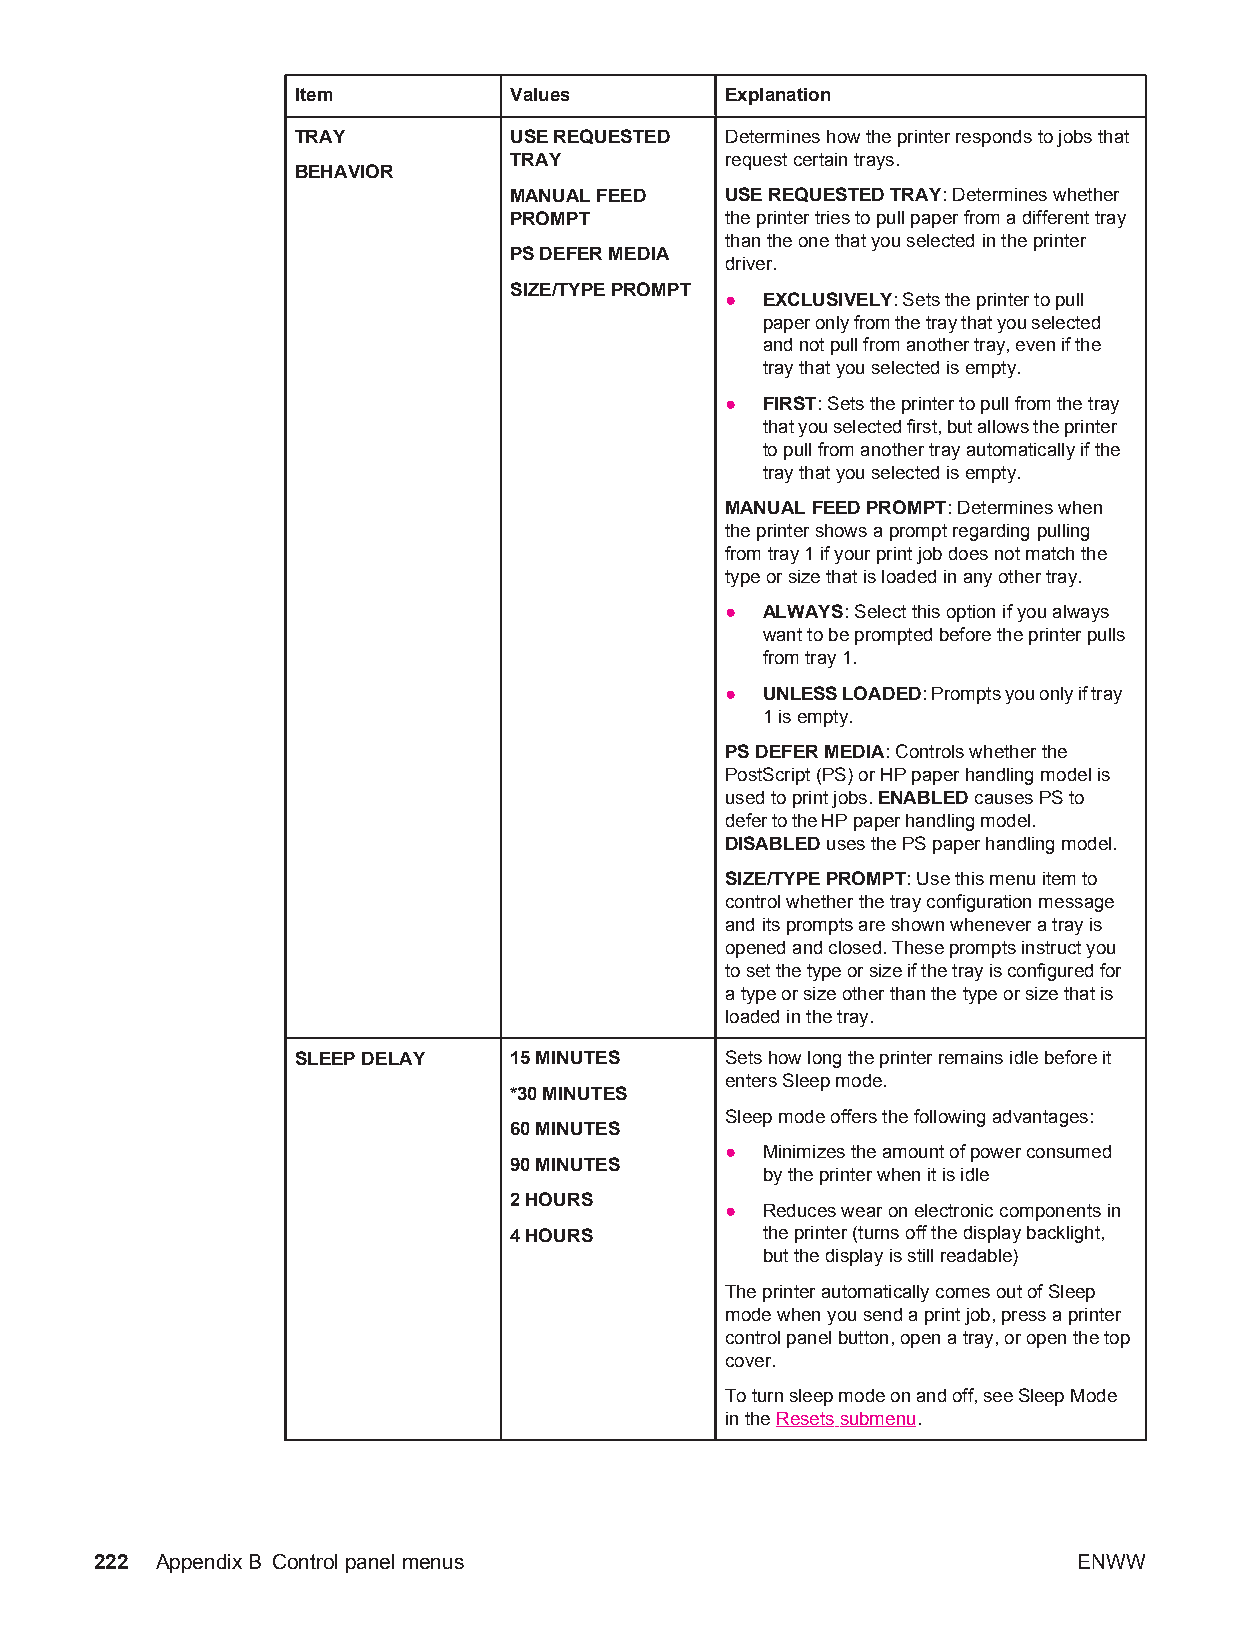
Item          Values        Explanation
 TRAY          USE REQUESTED Determines how the printer responds to jobs that
 TRAY          request certain trays.
 BEHAVIOR
 MANUAL FEED   USE REQUESTED TRAY: Determines whether
 PROMPT        the printer tries to pull paper from a different tray
 than the one that you selected in the printer
 PS DEFER MEDIA
 driver.
 SIZE/TYPE PROMPT
 ● EXCLUSIVELY: Sets the printer to pull
 paper only from the tray that you selected
 and not pull from another tray, even if the
 tray that you selected is empty.
 ● FIRST: Sets the printer to pull from the tray
 that you selected first, but allows the printer
 to pull from another tray automatically if the
 tray that you selected is empty.
 MANUAL FEED PROMPT: Determines when
 the printer shows a prompt regarding pulling
 from tray 1 if your print job does not match the
 type or size that is loaded in any other tray.
 ● ALWAYS: Select this option if you always
 want to be prompted before the printer pulls
 from tray 1.
 ● UNLESS LOADED: Prompts you only if tray
 1 is empty.
 PS DEFER MEDIA: Controls whether the
 PostScript (PS) or HP paper handling model is
 used to print jobs. ENABLED causes PS to
 defer to the HP paper handling model.
 DISABLED uses the PS paper handling model.
 SIZE/TYPE PROMPT: Use this menu item to
 control whether the tray configuration message
 and its prompts are shown whenever a tray is
 opened and closed. These prompts instruct you
 to set the type or size if the tray is configured for
 a type or size other than the type or size that is
 loaded in the tray.
 SLEEP DELAY   15 MINUTES    Sets how long the printer remains idle before it
 enters Sleep mode.
 *30 MINUTES
 Sleep mode offers the following advantages:
 60 MINUTES
 ● Minimizes the amount of power consumed
 90 MINUTES
 by the printer when it is idle
 2 HOURS
 ● Reduces wear on electronic components in
 4 HOURS         the printer (turns off the display backlight,
 but the display is still readable)
 The printer automatically comes out of Sleep
 mode when you send a print job, press a printer
 control panel button, open a tray, or open the top
 cover.
 To turn sleep mode on and off, see Sleep Mode
 in the Resets submenu.
 222 AppendixB Control panel menus                                ENWW